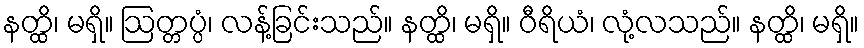
နတ္ထိ၊ မရှိ။ ဩတ္တပ္ပံ၊ လန့်ခြင်းသည်။ နတ္ထိ၊ မရှိ။ ဝီရိယံ၊ လုံ့လသည်။ နတ္ထိ၊ မရှိ။